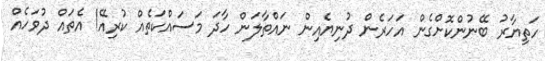
ހަތިޔާރު ބޭނުންކޮށްގެން އަހަރެން ދުނިޔެއިން ނައްތާލަން ހާދަ މަސައްކަތެއް ކުރިއޭ! އެތައް ދުވަހެއް